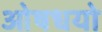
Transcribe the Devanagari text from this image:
ओषधयो